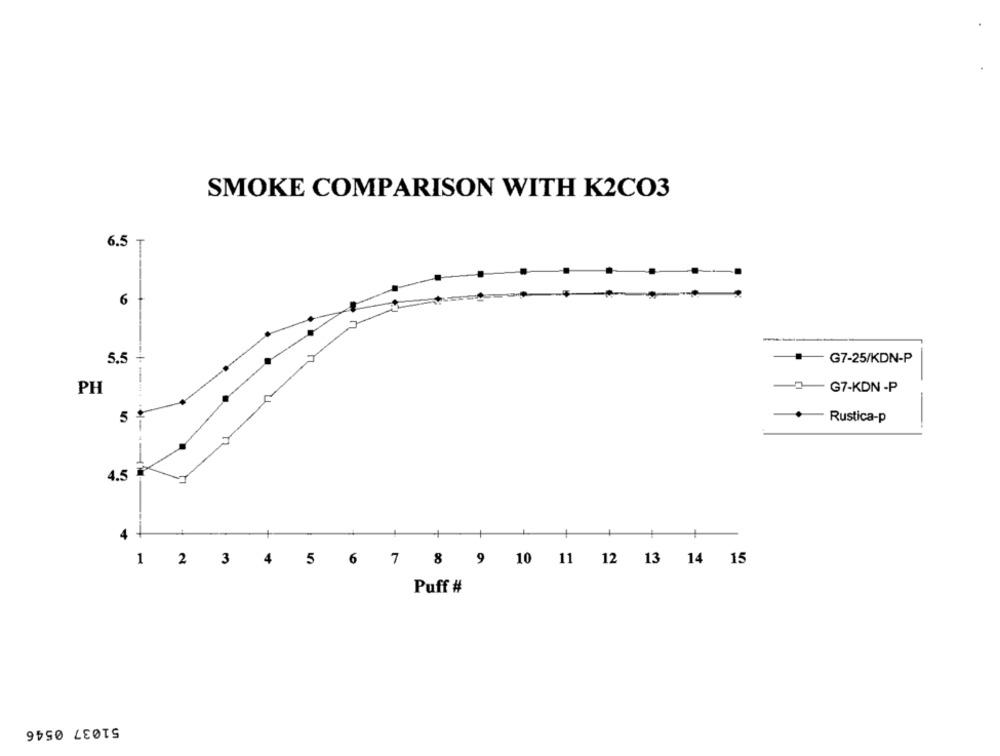
SMOKE COMPARISON WITH K2CO3
6.5
6
.
-
5.5
G7-25/KDN-P
PH
G7-KDN -P
5
Rustica-p
-
4.5
4
1 2 3 4 5 6 7 8 9 10 11 12 13 14 15
Puff #
51037 0546